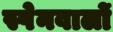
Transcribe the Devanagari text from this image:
स्पेनवालों